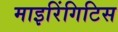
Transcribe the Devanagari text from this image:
माइरिंगिटिस